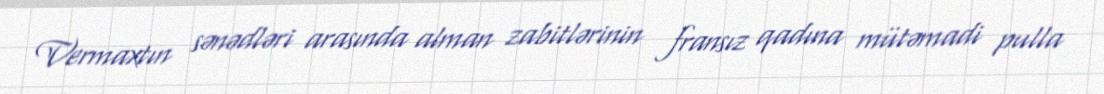
Vermaxtın sənədləri arasında alman zabitlərinin fransız qadına mütəmadi pulla